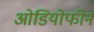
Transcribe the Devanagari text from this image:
ओडियोफोन